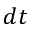
d t